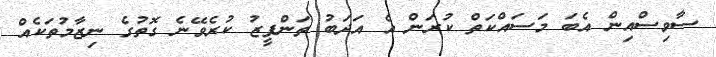
ސާވިސްއިން އެބަ މަސައްކަތް ކުރަން އެ އަދަބު ތަންފީޒު ކުރެވޭނެ ގޮތުގެ ނިޒާމުތަކެއް